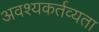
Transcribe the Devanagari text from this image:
अवश्यकर्तव्यता